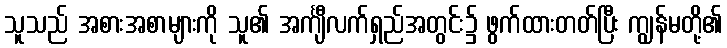
သူသည် အစားအစာများကို သူ၏ အင်္ကျီလက်ရှည်အတွင်း၌ ဖွက်ထားတတ်ပြီး ကျွန်မတို့၏